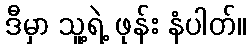
ဒီမှာ သူ့ရဲ့ ဖုန်း နံပါတ်။